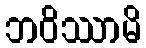
ဘဝိဿာမိ